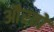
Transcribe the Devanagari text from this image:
औेरतों